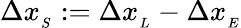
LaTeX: \Delta x_{_{S}}:=\Delta x_{_{L}}-\Delta x_{_{E}}